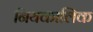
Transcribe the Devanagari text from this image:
नियकालिक